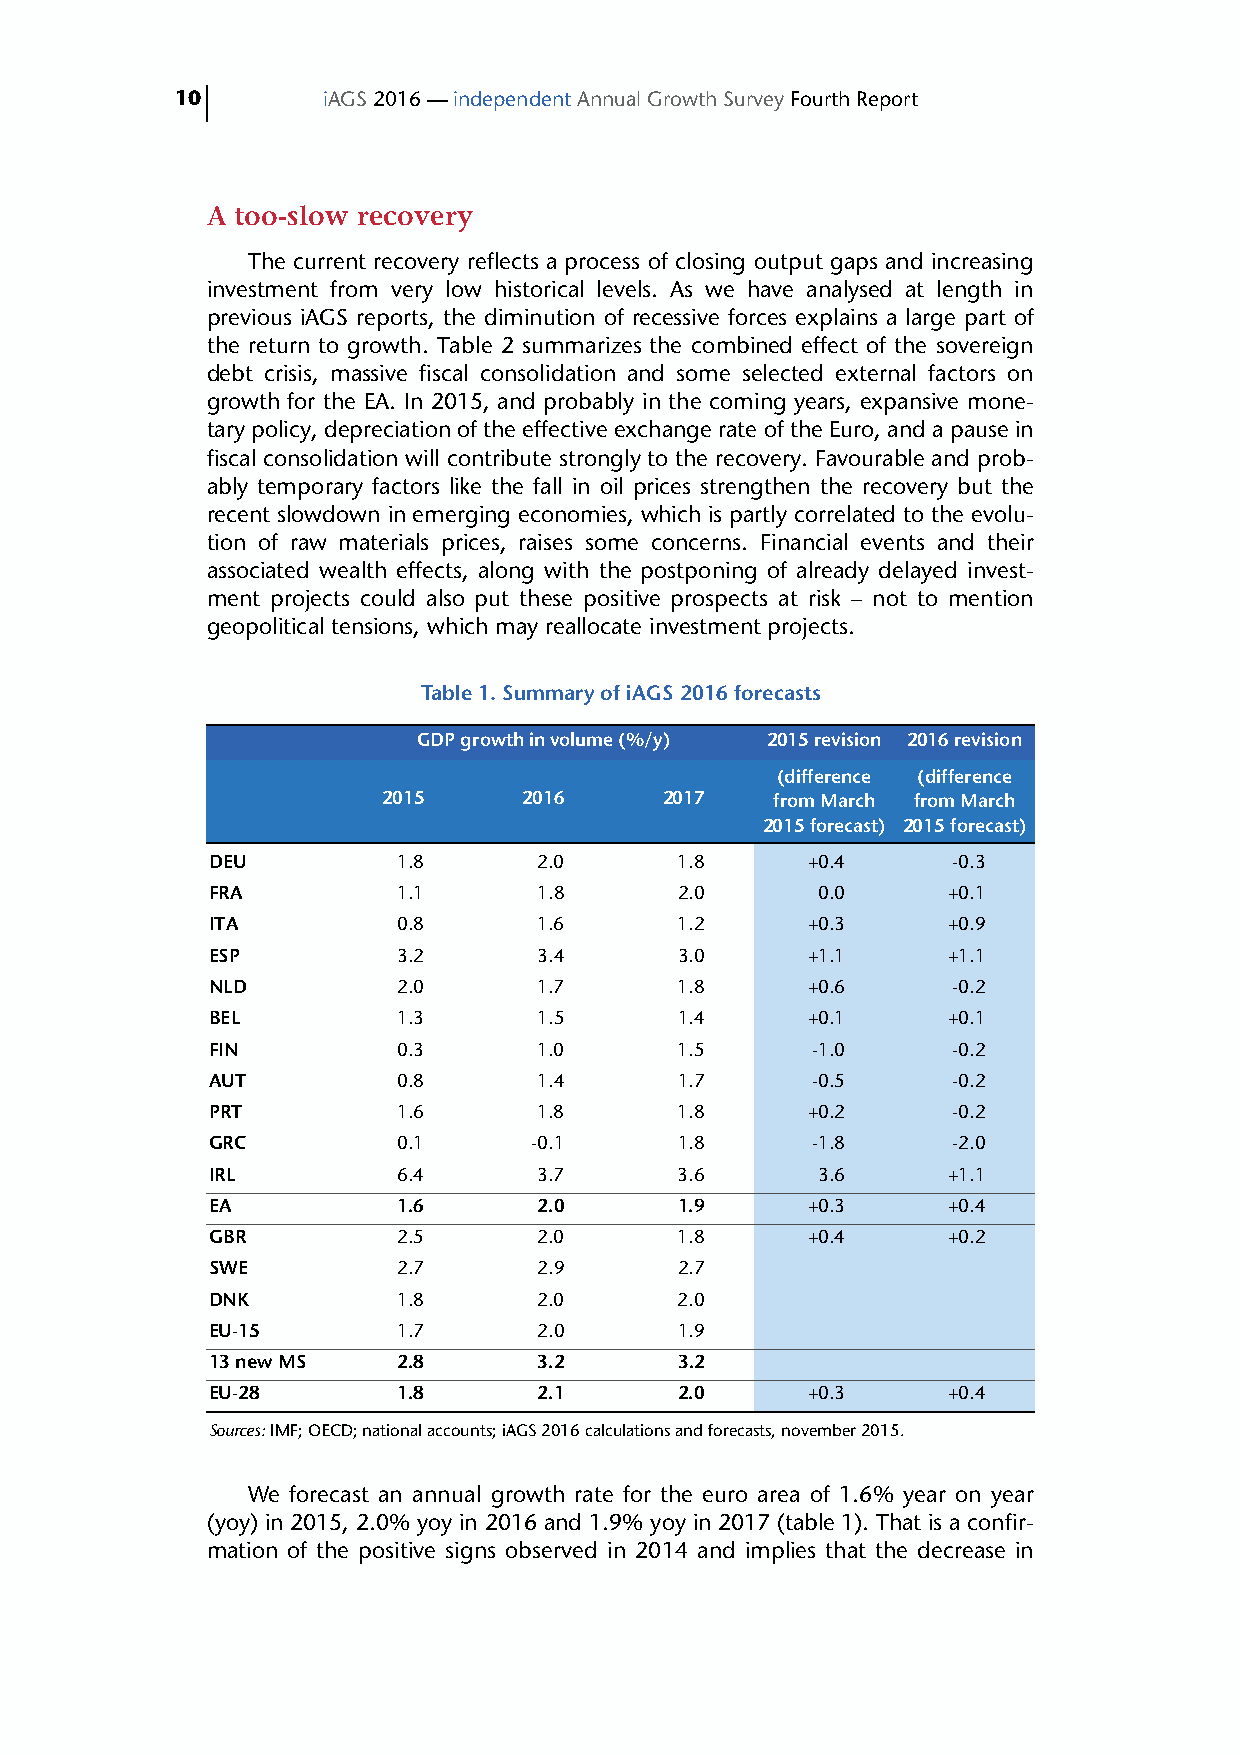
10       iAGS 2016 — independent Annual Growth Survey Fourth Report
 A too-slow recovery
 The current recovery reflects a process of closing output gaps and increasing
 investment from very low historical levels. As we have analysed at length in
 previous iAGS reports, the diminution of recessive forces explains a large part of
 the return to growth. Table 2 summarizes the combined effect of the sovereign
 debt crisis, massive fiscal consolidation and some selected external factors on
 growth for the EA. In 2015, and probably in the coming years, expansive mone-
 tary policy, depreciation of the effective exchange rate of the Euro, and a pause in
 fiscal consolidation will contribute strongly to the recovery. Favourable and prob-
 ably temporary factors like the fall in oil prices strengthen the recovery but the
 recent slowdown in emerging economies, which is partly correlated to the evolu-
 tion of raw materials prices, raises some concerns. Financial events and their
 associated wealth effects, along with the postponing of already delayed invest-
 ment projects could also put these positive prospects at risk – not to mention
 geopolitical tensions, which may reallocate investment projects.
 Table 1. Summary of iAGS 2016 forecasts
 GDP growth in volume (%/y) 2015 revision 2016 revision
 (difference (difference
 2015      2016     2017   from March from March
 2015 forecast) 2015 forecast)
 DEU         1.8       2.0      1.8     +0.4      -0.3
 FRA         1.1       1.8      2.0      0.0      +0.1
 ITA         0.8       1.6      1.2     +0.3      +0.9
 ESP         3.2       3.4      3.0     +1.1      +1.1
 NLD         2.0       1.7      1.8     +0.6      -0.2
 BEL         1.3       1.5      1.4     +0.1      +0.1
 FIN         0.3       1.0      1.5      -1.0     -0.2
 AUT         0.8       1.4      1.7      -0.5     -0.2
 PRT         1.6       1.8      1.8     +0.2      -0.2
 GRC         0.1      -0.1      1.8      -1.8     -2.0
 IRL         6.4       3.7      3.6      3.6      +1.1
 EA          1.6       2.0      1.9     +0.3      +0.4
 GBR         2.5       2.0      1.8     +0.4      +0.2
 SWE         2.7       2.9      2.7
 DNK         1.8       2.0      2.0
 EU-15       1.7       2.0      1.9
 13 new MS   2.8       3.2      3.2
 EU-28       1.8       2.1      2.0     +0.3      +0.4
 Sources: IMF; OECD; national accounts; iAGS 2016 calculations and forecasts, november 2015.
 We forecast an annual growth rate for the euro area of 1.6% year on year
 (yoy) in 2015, 2.0% yoy in 2016 and 1.9% yoy in 2017 (table 1). That is a confir-
 mation of the positive signs observed in 2014 and implies that the decrease in